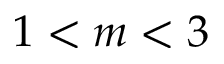
1 < m < 3